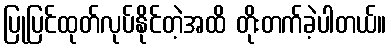
ပြုပြင်ထုတ်လုပ်နိုင်တဲ့အထိ တိုးတက်ခဲ့ပါတယ်။